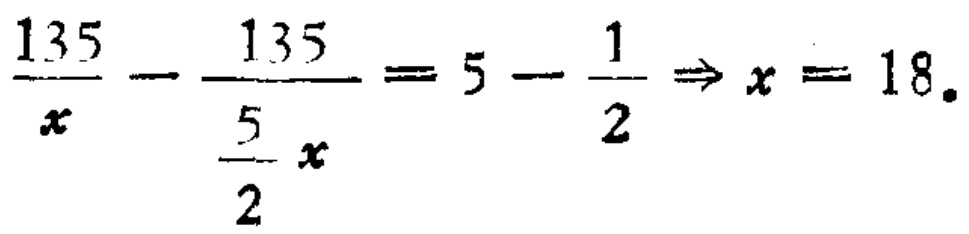
$\frac{135}{x}-\frac{135}{\frac{5}{2}x}=5 - \frac{1}{2}\Rightarrow x = 18.$